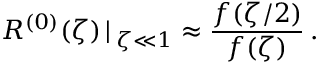
R ^ { ( 0 ) } ( \zeta ) \, | \, _ { \zeta \ll 1 } \approx \frac { f ( \zeta / 2 ) } { f ( \zeta ) } \, .